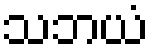
သဘယံ